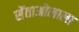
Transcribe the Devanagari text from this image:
सेंताओलाला